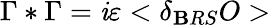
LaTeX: \Gamma*\Gamma=\mathit{i}\varepsilon<\delta_{\mathbf{B}RS}O>